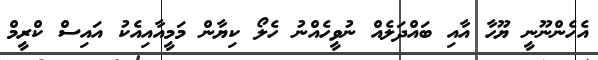
އެހެންނޫނީ ޔޫހާ އާއި ބައްދަލެއް ނުވީހެއްނު ހެލޯ ކިޔާން މަމީއާއިއެކު އައިސް ކްރީމް